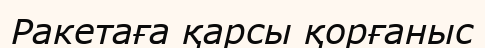
Ракетаға қарсы қорғаныс